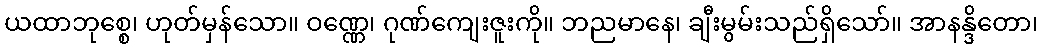
ယထာဘုစ္စေ၊ ဟုတ်မှန်သော။ ဝဏ္ဏေ၊ ဂုဏ်ကျေးဇူးကို။ ဘညမာနေ၊ ချီးမွမ်းသည်ရှိသော်။ အာနန္ဒိတော၊